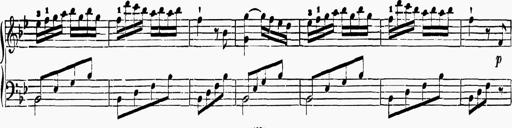
Title: 6 Sonatas
Composer: Muzio Clementi